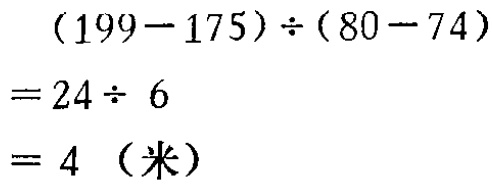
\[

\begin{align*}

&(199 - 175)\div(80 - 74)\\

=&24\div6\\

=&4 \text{（米）}

\end{align*}

\]